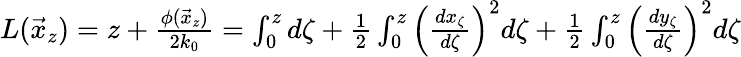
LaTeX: \begin{array}{r}{L(\vec{x}_{z})=z+\frac{\phi(\vec{x}_{z})}{2k_{0}}=\int_{0}^{z}d\zeta+\frac{1}{2}\int_{0}^{z}\left(\frac{dx_{\zeta}}{d\zeta}\right)^{2}d\zeta+\frac{1}{2}\int_{0}^{z}\left(\frac{dy_{\zeta}}{d\zeta}\right)^{2}d\zeta}\end{array}